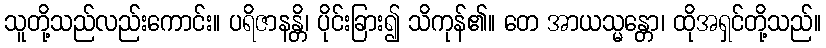
သူတို့သည်လည်းကောင်း။ ပရိဇာနန္တိ၊ ပိုင်းခြား၍ သိကုန်၏။ တေ အာယသ္မန္တော၊ ထိုအရှင်တို့သည်။